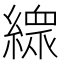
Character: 𱺇